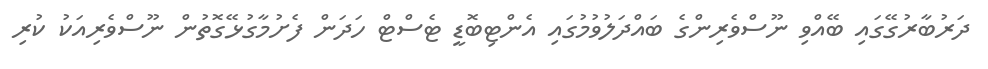
ދަރުބާރުގޭގައި ބޭއްވި ނޫސްވެރިންގެ ބައްދަލުވުމުގައި އެންޓިބޮޑީ ޓެސްޓް ހަދަން ފެށުމާގުޅޭގޮތުން ނޫސްވެރިއަކު ކުރި